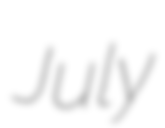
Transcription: July